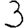
Digit: 3